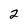
Character: 2